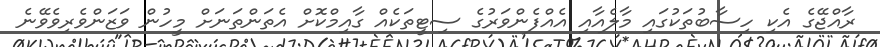
ރާއްޖޭގެ އެކި ހިސާބުތަކުގައި މާލެއާއި އެއްފެންވަރުގެ ސިޓީތަކެއް ގާއިމްކޮށް އެތަންތަނަށް މީހުން ވަޒަންވެރިވެވޭނެ